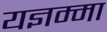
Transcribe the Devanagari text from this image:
यज्ञम्मा